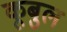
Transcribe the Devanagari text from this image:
कूबुल